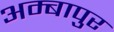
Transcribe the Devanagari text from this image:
अम्बापुर